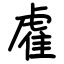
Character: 雐